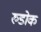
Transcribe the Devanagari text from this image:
रुडोक